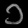
Digit: ၁